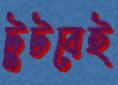
টুটবেই